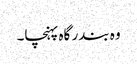
وہ بندر گاہ پہنچا۔